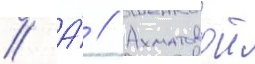
// А́ // Ахматовои